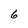
Character: 6